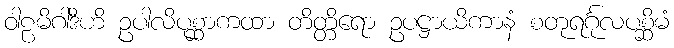
ဝါဠမိဂါဒီဟိ ဥပါလိပုစ္ဆာကထာ တိတ္တိရော ဥပဋ္ဌာယိကာနံ စတုရင်္ဂုလပစ္ဆိမံ